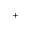
^ +